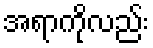
အရာကိုလည်း